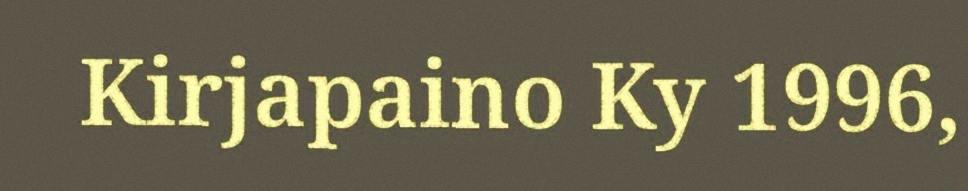
Kirjapaino Ky 1996,